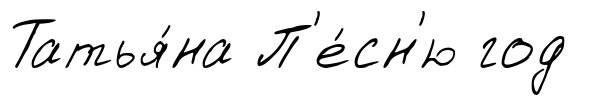
Татья́на П'е́сн'ю год